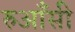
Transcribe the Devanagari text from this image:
रुआँसी